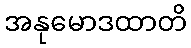
အနုမောဒထာတိ